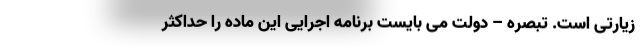
زیارتی است. تبصره – دولت می بایست برنامه اجرایی این ماده را حداکثر